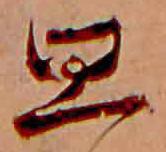
思